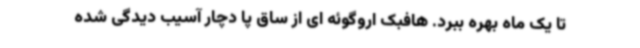
تا یک ماه بهره ببرد. هافبک اروگوئه ای از ساق پا دچار آسیب دیدگی شده